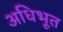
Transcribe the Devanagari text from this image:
अधिभूत